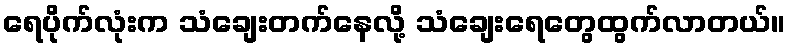
ရေပိုက်လုံးက သံချေးတက်နေလို့ သံချေးရေတွေထွက်လာတယ်။